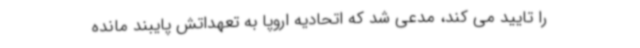
را تایید می کند، مدعی شد که اتحادیه اروپا به تعهداتش پایبند مانده